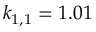
k _ { 1 , 1 } = 1 . 0 1